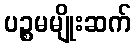
ပဉ္စမမျိုးဆက်